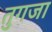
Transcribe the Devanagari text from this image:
तुगजा